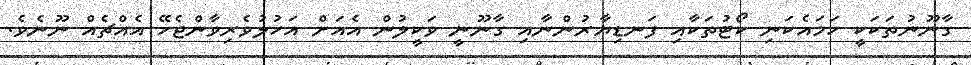
ގާނޫނުތަކަކީ ހަމައެކަނި ކޯޓުތަކާއި ފަނޑިޔާރުންނާއި ގާނޫނީ ވަކީލުން އެއަށް އަހުލުވެރިވާންޖެހޭ އެއްޗެއް ނޫނެވެ.